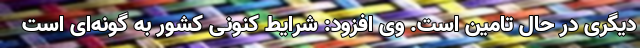
دیگری در حال تامین است. وی افزود: شرایط کنونی کشور به گونه‌ای است